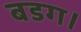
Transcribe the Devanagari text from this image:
बडग।